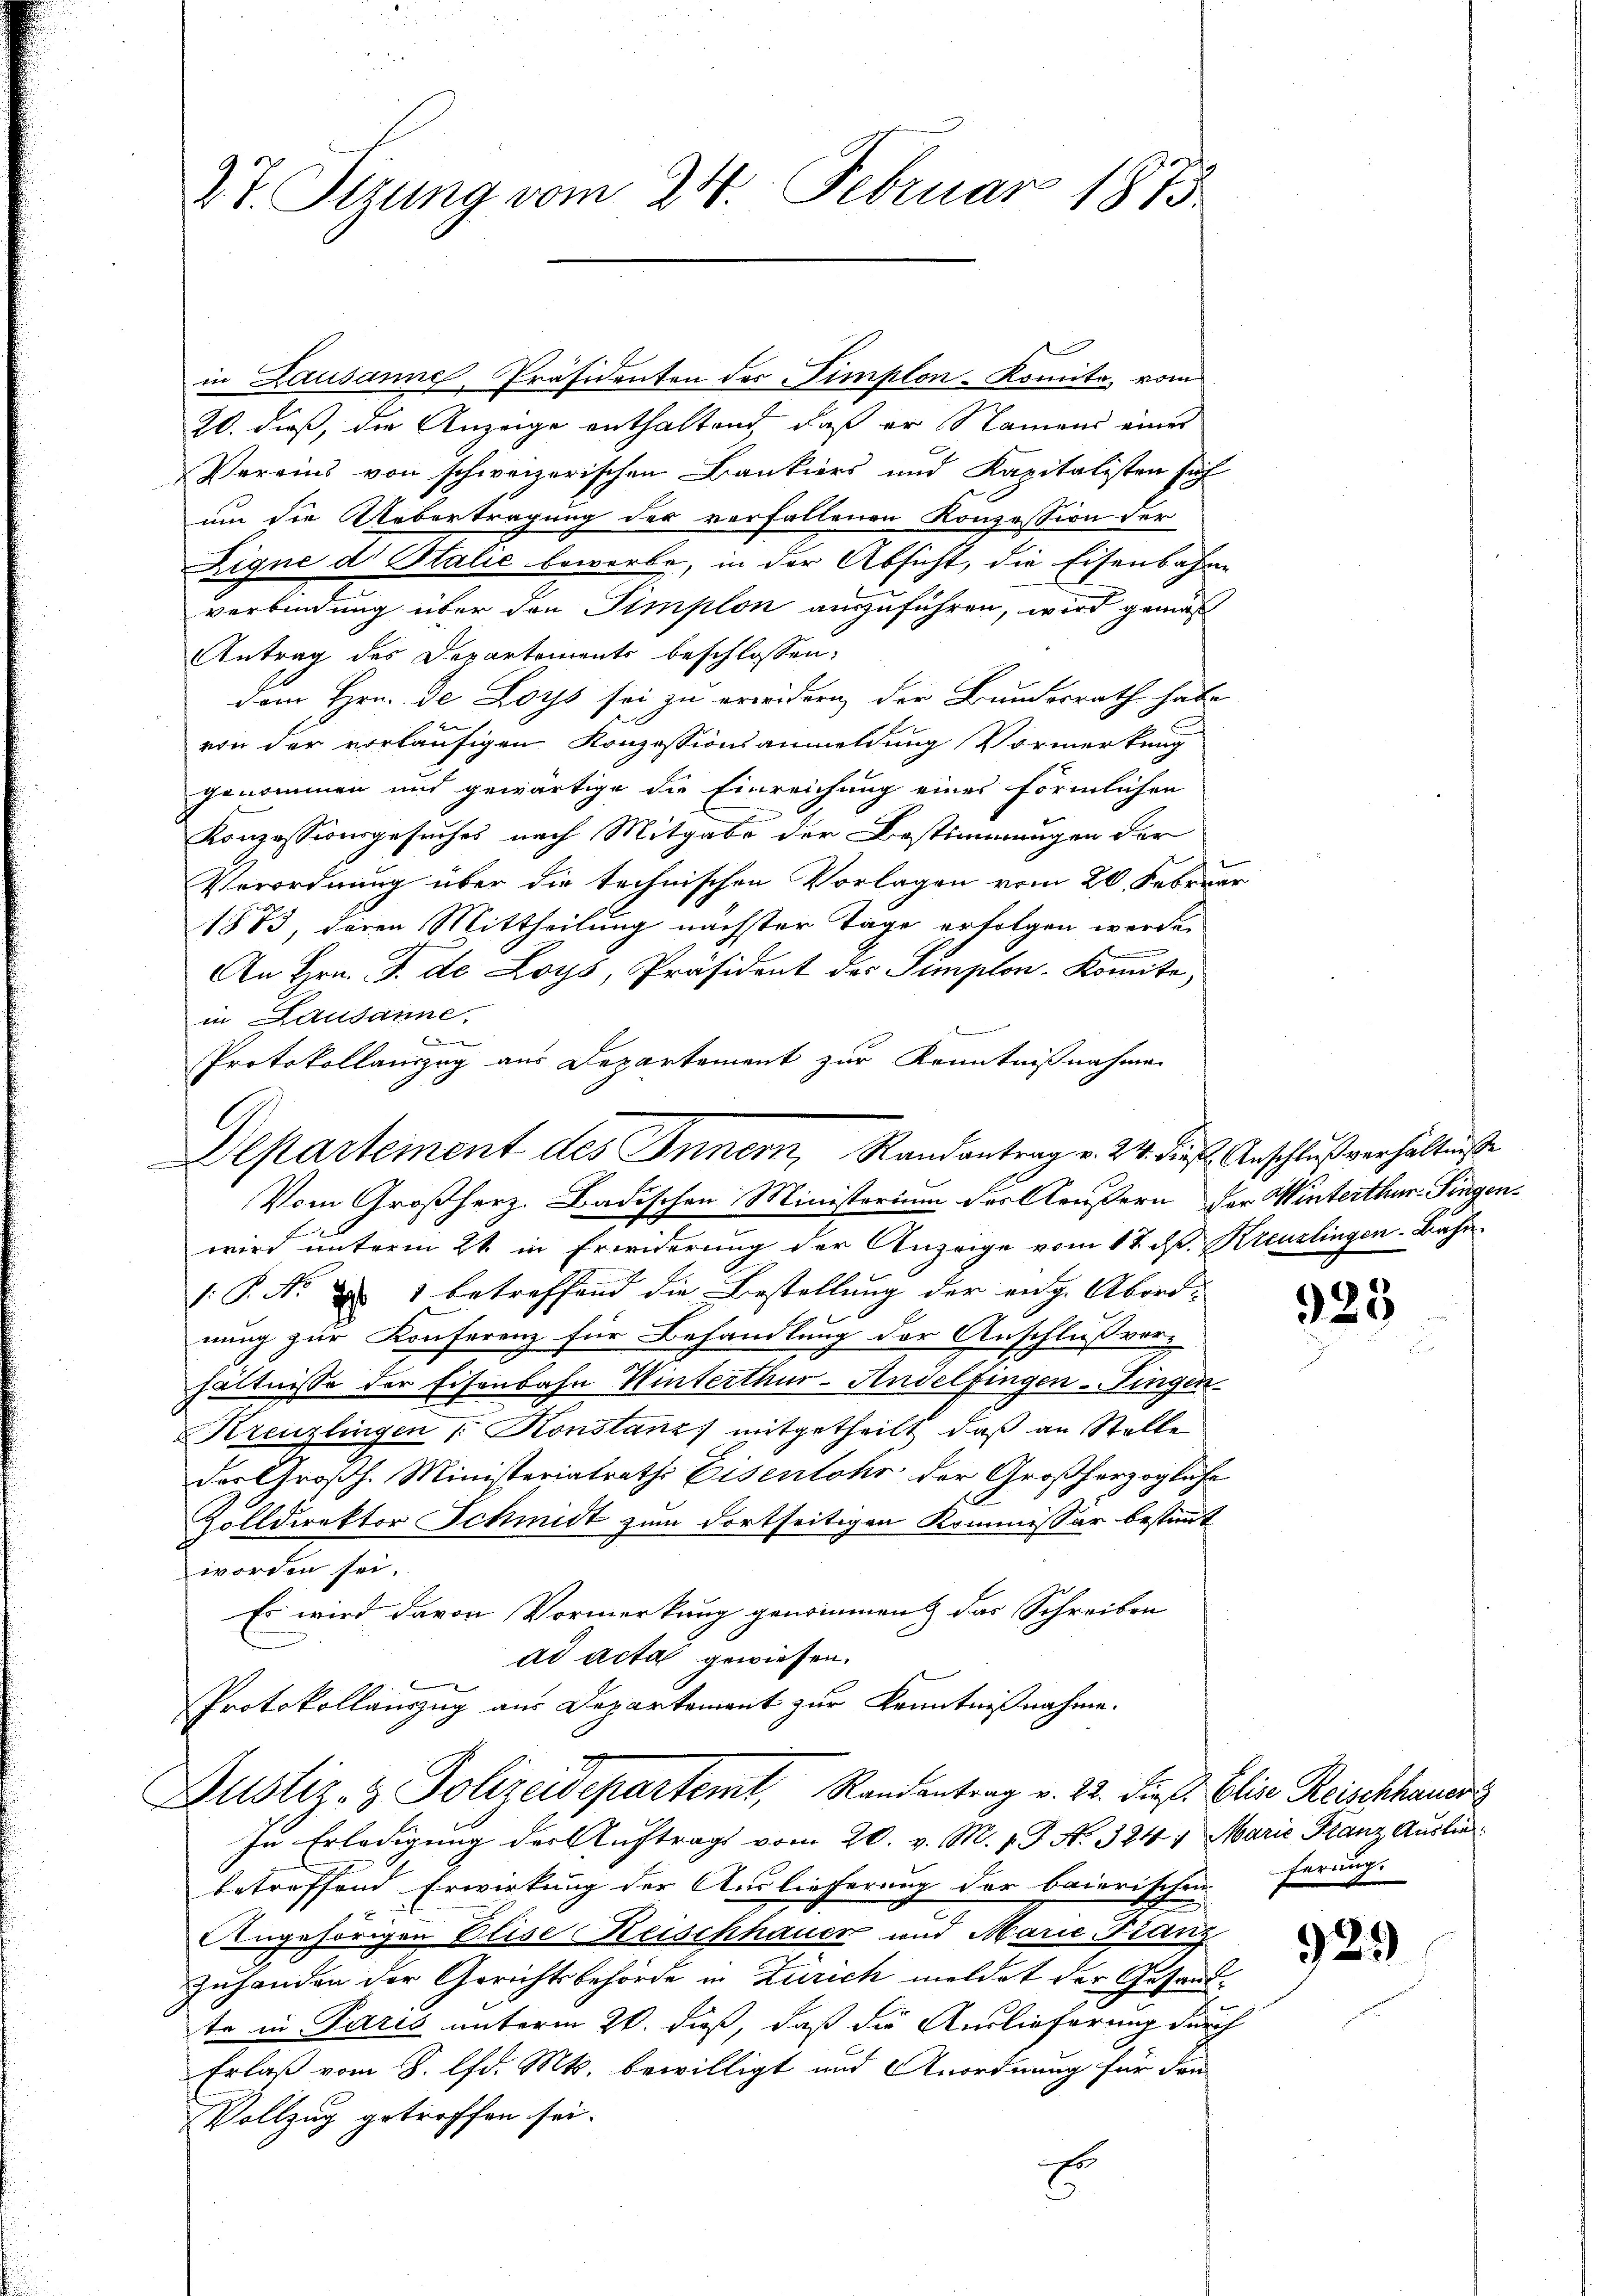
in Lausanne, Präsidenten der implon-Komita, vom
20. dieß, die Anzeige enthaltend, daß er Namend eines
Vereins von schweizerischen Bankiers und Kapitalisten sich
um die Uebertragung des verfallenen Konzession der
Eigne dr Stalić bewerbe, in der Absicht, die Eisenbahnverbindung über den Simplon auszuführen, wird gemäß
Antrag des Departements beschlossen:
dem Hrn. De Loys sei zu erwidern der Bundesrath habe
von der vorläufigen Konzessionsanmeldung Vormerkung
genommen und gewärtige die Einreichung eines förmlichen
Konzessionsgesuches nach Mitgabe der Bestimmungen der
Verordnung über die technischen Vorlagen vom 20. Februar
1873, deren Mittheilung nächster Tage erfolgen werden
An Hrn. F. de Loys, Präsident des Semplon. Komite,
in Lausanne.
e
Protokollauszug aus Departement zur Kenntnißnahmen

dt. Sitzung vom 24. Februar 1875.

Departement des Innern, Randantrag v. 24. dieß. Anschlußverhältniße
Vom Großherz. Badischen Ministorium des Aeussern der Winterthur. Fingen.

wird unterm 21. in Erwiderung der Anzeige vom 17. ds. Kreuzlingen Bahn
: P. Nr. d. 1 betreffend die Bestellung der enge Abord- |
nung zur Konferenz für Behandlung der Anschluß vor-
hältnisse der Eisenbahn Winterthur-Andelfingen Fingen.
Kreuzlingen /: Konstanz mitgetheilt, daß an Stelle
der Großh. Ministeriatrathe Eisenlohr der Großherzogliche
Zolldirektor Schmidt zum dortseitigen Kommissär bestimmt
worden sei.
Es wird davon Vormerkung genommen, das Schreiben
ad acta gewiesen.
Protokollauszug aus Departement zur Kenntnißnahme.
Justiz- & Polizeidepartemt, Randantrag v. 22. dieß. Elise Reischhauer
In Erledigung der Auftrags vom 20. v. M. v. P. No 324 4 Marie Franz Auslie
betreffend Erwirkung der Auslieferung der baierischen Ferung-
Angehörigen Elise Reischhauer und Marie Franz
Zuhanden der Gerichtsbehörde in Zürich meldet der Gesandte in Patris unterm 20. dieß, daß die Auslieferung durch
Erlaß vom 8. lfd. Mts. bewilligt und Anordnung für den
Vollzug getroffen sei.
Es
6

323

929